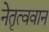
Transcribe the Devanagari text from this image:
नेतृत्ववान